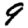
Digit: 9